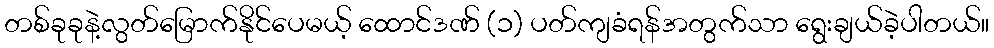
တစ်ခုခုနဲ့လွတ်မြောက်နိုင်ပေမယ့် ထောင်ဒဏ် (၁) ပတ်ကျခံရန်အတွက်သာ ရွေးချယ်ခဲ့ပါတယ်။